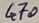
Text: 470